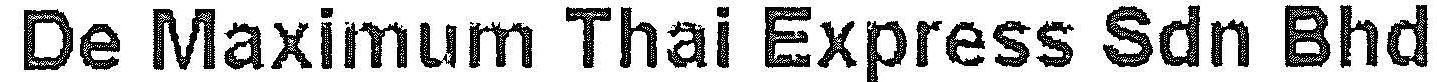
DE MAXIMUM THAI EXPRESS SDN BHD